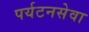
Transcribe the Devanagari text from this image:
पर्यटनसेवा